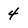
Character: 4